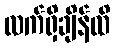
လက်ရှိချိန်ထိ